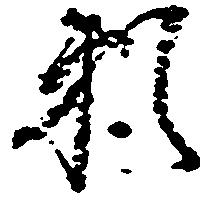
頼